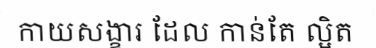
កាយសង្ខារ ដែល កាន់តែ ល្អិត